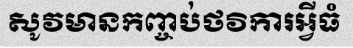
សូវមានកញ្ចប់ថវិការអ្វីធំ